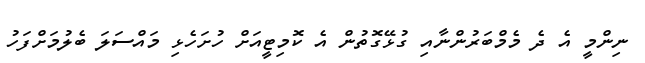
ނިންމީ އެ ދެ މެމްބަރުންނާއި ގުޅޭގޮތުން އެ ކޮމިޓީއަށް ހުށަހެޅި މައްސަލަ ބެލުމަށްފަހު